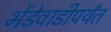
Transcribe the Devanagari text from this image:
भेंडेवाडीपर्यंत